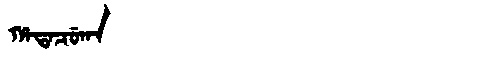
Manchu: ᡥᠠᡨᠠᠴᡠᡴᠠ
Romanization: HATACUKA